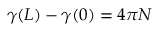
\gamma ( L ) - \gamma ( 0 ) = 4 \pi N